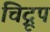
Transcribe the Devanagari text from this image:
चिद्रूपं